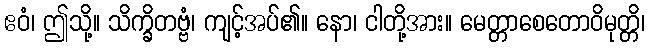
ဧဝံ၊ ဤသို့။ သိက္ခိတဗ္ဗံ၊ ကျင့်အပ်၏။ နော၊ ငါတို့အား။ မေတ္တာစေတောဝိမုတ္တိ၊